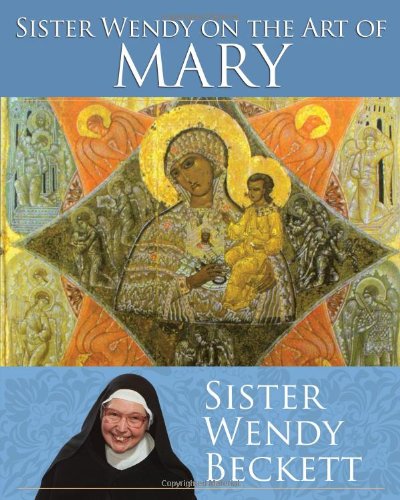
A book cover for Sister Wendy on the Art of Mary; Sister Wendy Beckett; Christian Books & Bibles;